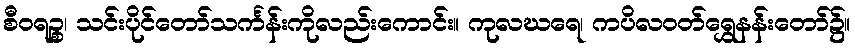
စီဝရဉ္စ၊ သင်းပိုင်တော်သင်္ကန်းကိုလည်းကောင်း။ ကုလဃရေ၊ ကပိလဝတ်ရွှေနန်းတော်၌။